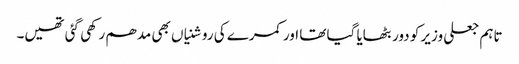
تاہم جعلی وزیر کو دور بٹھایا گیا تھا اور کمرے کی روشنیاں بھی مدھم رکھی گئی تھیں۔